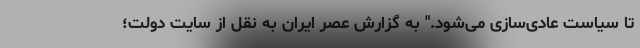
تا سیاست عادی‌سازی می‌شود." به گزارش عصر ایران به نقل از سایت دولت؛